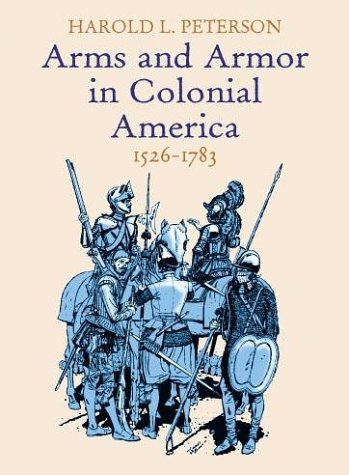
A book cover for Arms and Armor in Colonial America, 1526-1783; Harold L. Peterson; History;